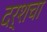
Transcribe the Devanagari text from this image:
दर्शचा